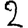
Digit: 2